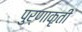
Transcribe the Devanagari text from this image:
पुर्णाकृती